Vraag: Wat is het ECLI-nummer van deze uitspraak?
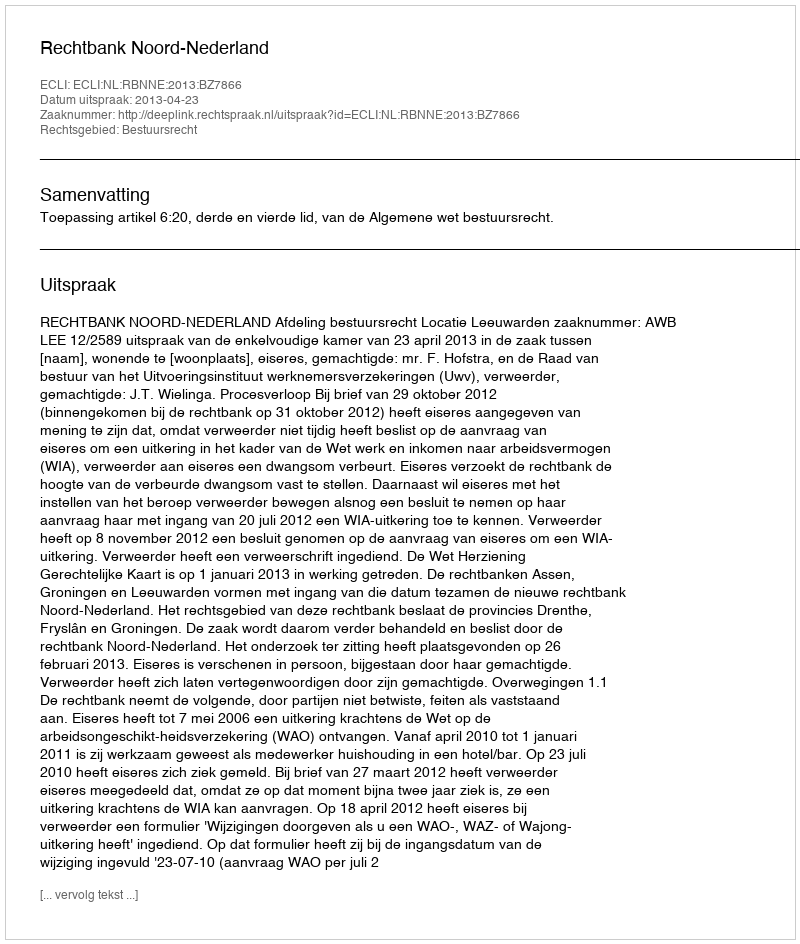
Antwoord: ECLI:NL:RBNNE:2013:BZ7866